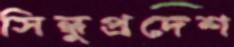
সিন্ধুপ্রদেশ